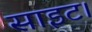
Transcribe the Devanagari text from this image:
साइट।